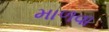
માળવા